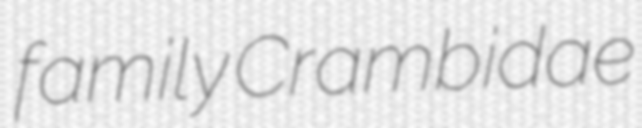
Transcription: family Crambidae